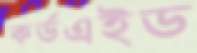
কর্ডএইড